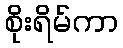
စိုးရိမ်ကာ